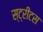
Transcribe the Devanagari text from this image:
स्ट्रीटस